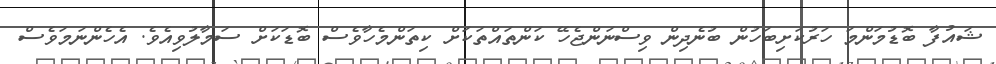
ޝައުފާ ބޮޑުމަންމަ ހަރުކަށިބަހުން ބުނެދިން ވިސްނަންޖެހޭ ކަންތައްތަކަށް ކިތަންމެހާވެސް ބޮޑަކަށް ސަމާލުވިއެވެ. އެހެންނަމަވެސް